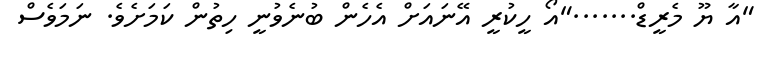
"އާ ޔޫ މެރީޑް......."އޯ ހީކުރީ އޭނައަށް އެހެން ބުނެވުނީ ހިތުން ކަމަށެވެ. ނަމަވެސް